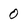
Character: 0